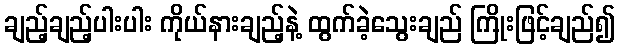
ချည့်ချည့်ပါးပါး ကိုယ်နားချည့်နဲ့ ထွက်ခဲ့သွေးချည် ကြိုးဖြင့်ချည်၍